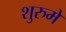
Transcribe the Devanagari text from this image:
शुरुमे